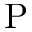
\mathrm { P }